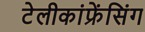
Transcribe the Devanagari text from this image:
टेलीकांफ्रेंसिंग